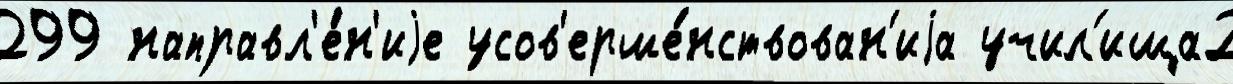
299 направл'е́н'иjе усов'ерше́нствован'иjа учил'ища2